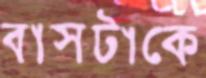
বাসটাকে